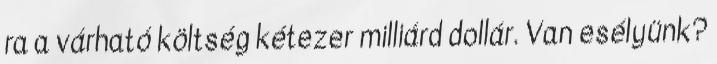
ra a várható költség kétezer milliárd dollár. Van esélyünk?